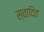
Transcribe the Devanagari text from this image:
स्वादित